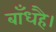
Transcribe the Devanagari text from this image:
बाँधहै।